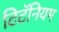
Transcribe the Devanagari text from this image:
टिटॅनियम